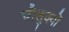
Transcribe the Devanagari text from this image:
चौलुक्यों